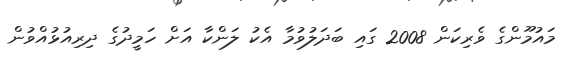
މައުމޫންގެ ވެރިކަން 2008 ގައި ބަދަލުވުމާ އެކު ލަންކާ އަށް ހަމީދުގެ ދިރިއުޅުއްވުން